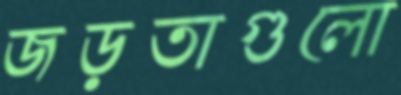
জড়তাগুলো